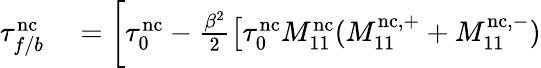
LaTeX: \begin{array}{rl}{\tau_{f/b}^{\mathrm{nc}}}&{{}=\biggl[\tau_{0}^{\mathrm{nc}}-\frac{\beta^{2}}{2}\bigl[\tau_{0}^{\mathrm{nc}}M_{11}^{\mathrm{nc}}(M_{11}^{\mathrm{nc},+}+M_{11}^{\mathrm{nc},-})}\end{array}